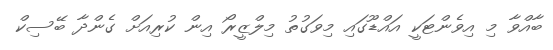
ބާއްވާ މި އިވެންޓަކީ އައްޑޫގައި މިވަގުތު މިލްޒީރޯ އިން ކުރިއަށް ގެންދާ ބޭސިކް